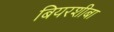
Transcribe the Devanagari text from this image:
बियरशीबा